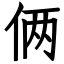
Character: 俩